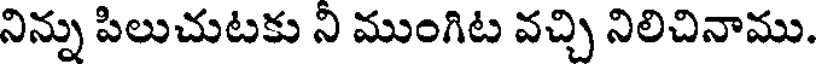
నిన్ను పిలుచుటకు ని ముంగిట వచ్చి నిలిచినాము.